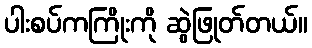
ပါးစပ်ကကြိုးကို ဆွဲဖြုတ်တယ်။